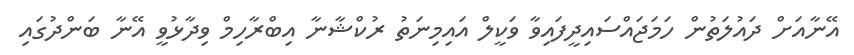
އޭނާއަށް ދައުލަތުން ހަމަޖައްސައިދީފައިވާ ވަކީލް އައިމިނަތު ރުކްޝާނާ އިބްރާހިމް ވިދާޅުވީ އޭނާ ބަންދުގައި